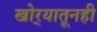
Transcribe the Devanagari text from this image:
खोर्‍यातूनही